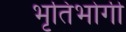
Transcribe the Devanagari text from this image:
भृतिभोगी